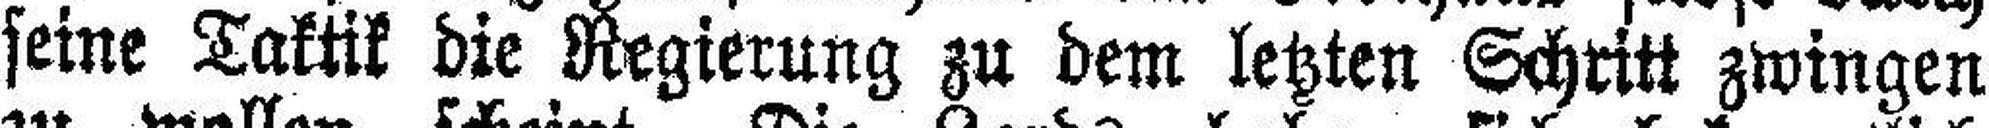
seine Taktik die Regierung zu dem letzten Schritt zwingen